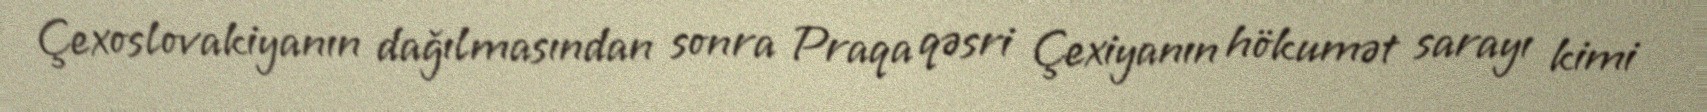
Çexoslovakiyanın dağılmasından sonra Praqa qəsri Çexiyanın hökumət sarayı kimi